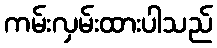
ကမ်းလှမ်းထားပါသည်